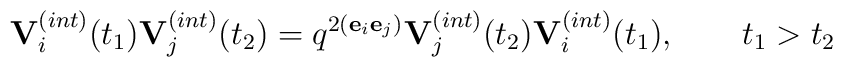
{\bf V}^{(int)}_{i}(t_1){\bf V}^{(int)}_{j}(t_2)=q^{2({\bf e}_i{\bf e}_j)}{\bf V}^{(int)}_{j}(t_2){\bf V}^{(int)}_{i}(t_1),\qquad t_1>t_2